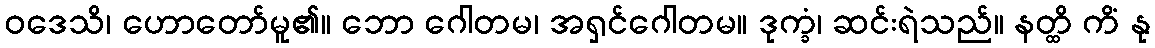
ဝဒေသိ၊ ဟောတော်မူ၏။ ဘော ဂေါတမ၊ အရှင်ဂေါတမ။ ဒုက္ခံ၊ ဆင်းရဲသည်။ နတ္ထိ ကိံ နု